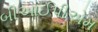
બીઆઈપીએમ